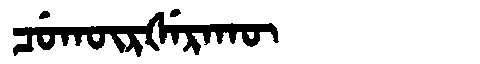
Manchu: ᠴᡠᡴᡡᡵᡧᡝᡵᠠᡴᡡ
Romanization: CUKŪRŠERAKŪ